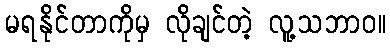
မရနိုင်တာကိုမှ လိုချင်တဲ့ လူ့သဘာဝ။